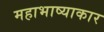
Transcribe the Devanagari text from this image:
महाभाष्याकार